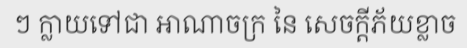
ៗ ក្លាយទៅជា អាណាចក្រ នៃ សេចក្តីភ័យខ្លាច